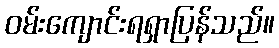
ဝမ်းကျောင်းရရှာပြန်သည်။